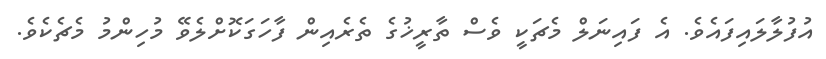
އުފުލާލައިފައެވެ. އެ ފައިނަލް މެޗަކީ ވެސް ތާރީޚުގެ ތެރެއިން ފާހަގަކޮށްލެވޭ މުހިންމު މެޗެކެވެ.